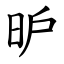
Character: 昈